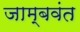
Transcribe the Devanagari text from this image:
जाम्बवंत